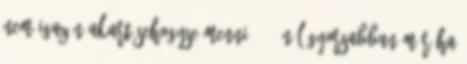
nem igazán akart sehogyse menni 33.6-nál gyorsabban már ha